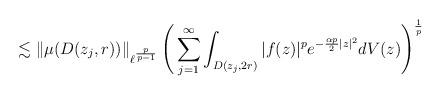
LaTeX: \begin{align*} \lesssim \left\|\mu(D(z_j,r))\right\|_{\ell^{\frac{p}{p-1}}} \Bigg(\sum_{j=1}^\infty \int_{D(z_j,2r)} |f(z)|^p e^{-\frac{\alpha p }{2} |z|^2}dV(z)\Bigg)^{\frac{1}{p}} \end{align*}